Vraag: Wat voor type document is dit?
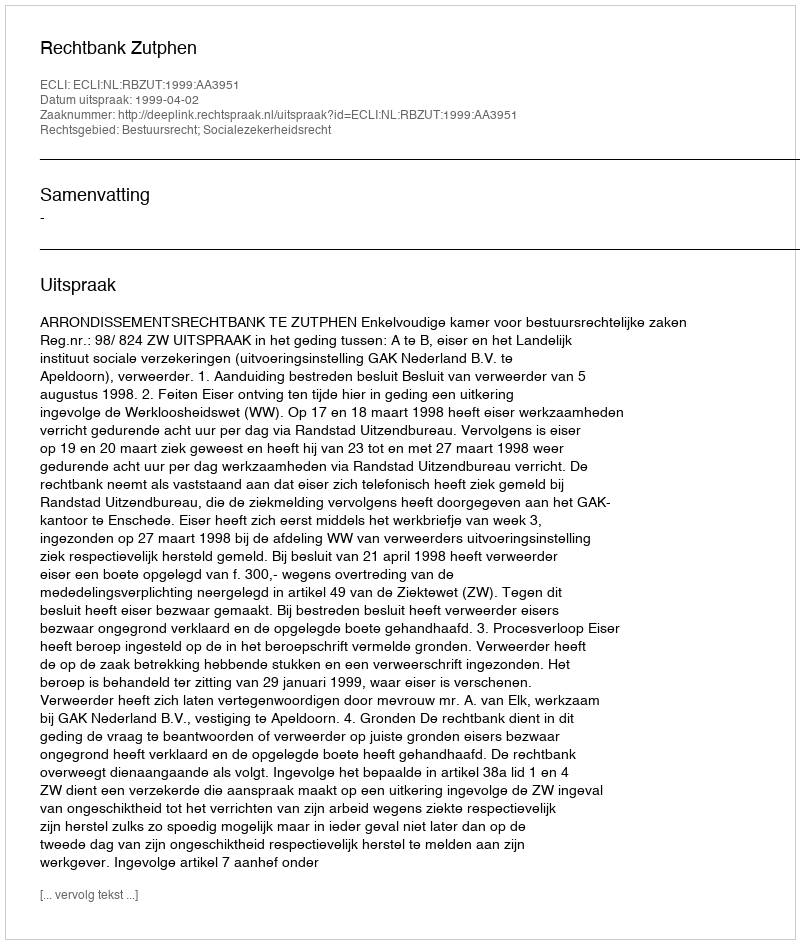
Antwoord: Uitspraak